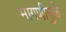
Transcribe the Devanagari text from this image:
मागणीमुळे